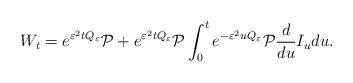
LaTeX: \begin{align*}W_{t} = e^{\varepsilon^2 t Q_\varepsilon} \mathcal{P} + e^{\varepsilon^2 t Q_\varepsilon} \mathcal{P} \int_0^t e^{-\varepsilon^2 u Q_\varepsilon} \mathcal{P} \frac{ d }{ du } I_u du .\end{align*}